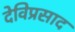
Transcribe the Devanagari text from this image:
देविप्रसाद